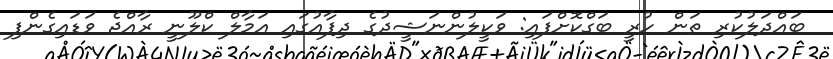
ބައްދަލުކުރި ތަން ހުރީ ބަގްކޮށްފައި: ވަކީލުންނަޝީދުގެ ދިފާއުގައި އަމާލް ކްލޫނީ ރާއްޖެ ވަޑައިގެންފި